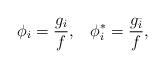
LaTeX: \begin{align*}\phi_{i}=\frac{g_{i}}{f},\;\;\;\phi_{i}^{*}=\frac{g_{\bar{i}}}{f},\end{align*}